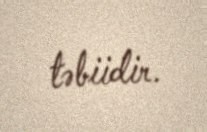
təbiidir.